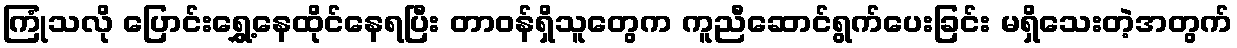
ကြုံသလို ပြောင်းရွှေ့နေထိုင်နေရပြီး တာဝန်ရှိသူတွေက ကူညီဆောင်ရွက်ပေးခြင်း မရှိသေးတဲ့အတွက်